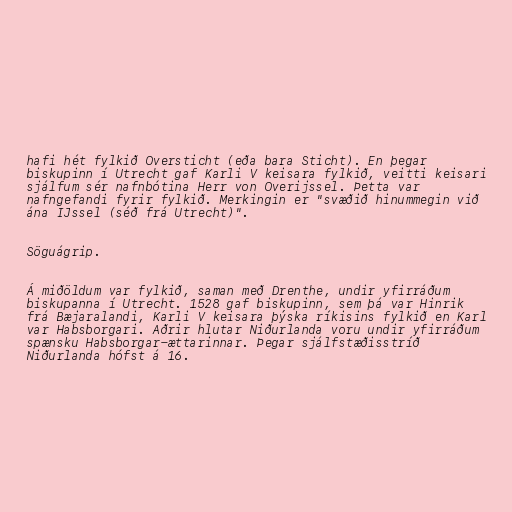
hafi hét fylkið Oversticht (eða bara Sticht). En þegar
biskupinn í Utrecht gaf Karli V keisara fylkið, veitti keisari
sjálfum sér nafnbótina Herr von Overijssel. Þetta var
nafngefandi fyrir fylkið. Merkingin er "svæðið hinummegin við
ána IJssel (séð frá Utrecht)".

Söguágrip.

Á miðöldum var fylkið, saman með Drenthe, undir yfirráðum
biskupanna í Utrecht. 1528 gaf biskupinn, sem þá var Hinrik
frá Bæjaralandi, Karli V keisara þýska ríkisins fylkið en Karl
var Habsborgari. Aðrir hlutar Niðurlanda voru undir yfirráðum
spænsku Habsborgar-ættarinnar. Þegar sjálfstæðisstríð
Niðurlanda hófst á 16.